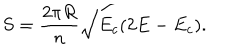
LaTeX: S = \frac { 2 \pi R } { n } \sqrt { E _ { c } ( 2 E - E _ { c } ) } .